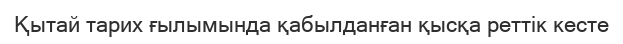
Қытай тарих ғылымында қабылданған қысқа реттік кесте